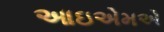
આઇએમએ